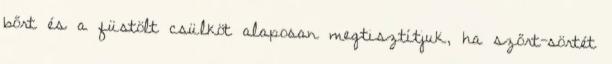
bőrt és a füstölt csülköt alaposan megtisztítjuk, ha szőrt-sörtét